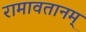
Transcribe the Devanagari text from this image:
रामावतानम्‌